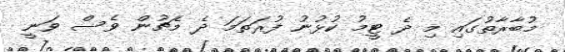
މުބާރާތުގައި މި ދެ ޓީމު ކުޅުނު ފުރަތަމަ ދެ މެޗުން ވެސް ވަނީ